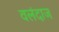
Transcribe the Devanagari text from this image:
वलंदाज